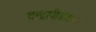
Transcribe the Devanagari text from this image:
चन्द्रापीडकथा